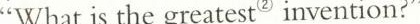
“What is the greatest"invention?"